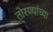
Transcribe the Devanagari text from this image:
तोरण्यांच्या